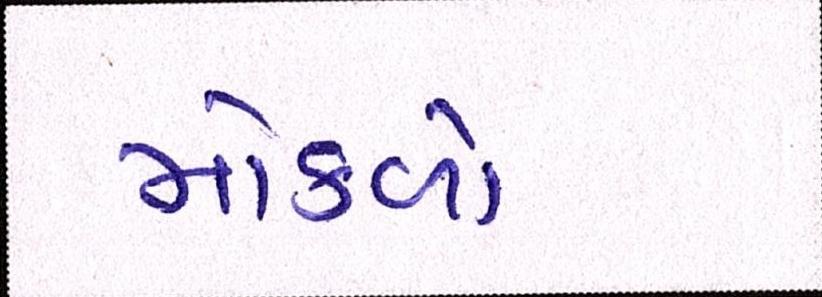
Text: મોકળો